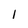
Character: I